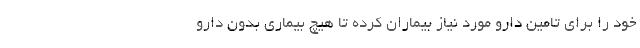
خود را برای تامین دارو مورد نیاز بیماران کرده تا هیچ بیماری بدون دارو